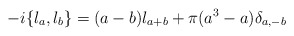
\begin{align*}- i\{\l_a,\l_b\}=(a-b)\l_{a+b}+\pi(a^3-a)\delta_{a,-b}\end{align*}